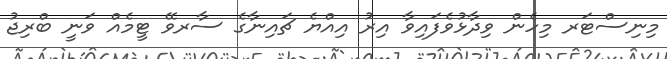
މިނިސްޓަރ މިހެން ވިދާޅުވެފައިވާ އިރު އިއްޔެ ޗައިނާގެ ސާރވޭ ޓީމެއް ވަނީ ބްރިޖު